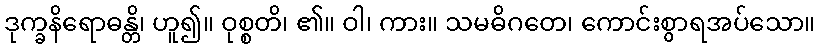
ဒုက္ခနိရောဓန္တိ၊ ဟူ၍။ ဝုစ္စတိ၊ ၏။ ဝါ၊ ကား။ သမဓိဂတေ၊ ကောင်းစွာရအပ်သော။